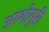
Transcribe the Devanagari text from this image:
आशोपुरी